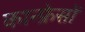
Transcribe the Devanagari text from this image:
कान्फ्रेसों